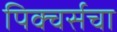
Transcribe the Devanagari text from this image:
पिक्चर्सचा